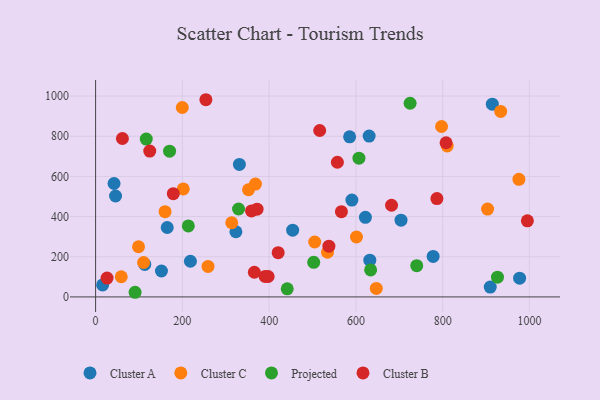
{"axis": {"x": "Study Hours", "y": "Yield"}, "legend": ["Cluster A", "Cluster B", "Cluster C", "Projected"], "data": [{"x": "585.5", "y": 797.1, "type": "Cluster A"}, {"x": "218.5", "y": 177.6, "type": "Cluster A"}, {"x": "977.3", "y": 93.1, "type": "Cluster A"}, {"x": "630.5", "y": 800.7, "type": "Cluster A"}, {"x": "331.4", "y": 659.5, "type": "Cluster A"}, {"x": "632.0", "y": 183.1, "type": "Cluster A"}, {"x": "151.8", "y": 128.9, "type": "Cluster A"}, {"x": "113.4", "y": 161.7, "type": "Cluster A"}, {"x": "590.7", "y": 482.1, "type": "Cluster A"}, {"x": "323.4", "y": 324.5, "type": "Cluster A"}, {"x": "778.0", "y": 201.5, "type": "Cluster A"}, {"x": "704.0", "y": 381.8, "type": "Cluster A"}, {"x": "165.1", "y": 345.7, "type": "Cluster A"}, {"x": "46.0", "y": 502.3, "type": "Cluster A"}, {"x": "454.2", "y": 332.4, "type": "Cluster A"}, {"x": "621.9", "y": 396.0, "type": "Cluster A"}, {"x": "42.5", "y": 564.6, "type": "Cluster A"}, {"x": "909.6", "y": 48.9, "type": "Cluster A"}, {"x": "914.4", "y": 959.6, "type": "Cluster A"}, {"x": "16.2", "y": 59.7, "type": "Cluster A"}, {"x": "160.1", "y": 424.4, "type": "Cluster C"}, {"x": "202.0", "y": 537.5, "type": "Cluster C"}, {"x": "313.8", "y": 369.3, "type": "Cluster C"}, {"x": "601.3", "y": 298.2, "type": "Cluster C"}, {"x": "98.9", "y": 249.8, "type": "Cluster C"}, {"x": "259.1", "y": 151.7, "type": "Cluster C"}, {"x": "810.4", "y": 751.2, "type": "Cluster C"}, {"x": "903.5", "y": 437.1, "type": "Cluster C"}, {"x": "975.7", "y": 585.2, "type": "Cluster C"}, {"x": "797.4", "y": 848.3, "type": "Cluster C"}, {"x": "368.4", "y": 561.7, "type": "Cluster C"}, {"x": "534.5", "y": 222.3, "type": "Cluster C"}, {"x": "110.6", "y": 171.4, "type": "Cluster C"}, {"x": "199.8", "y": 942.9, "type": "Cluster C"}, {"x": "352.4", "y": 533.6, "type": "Cluster C"}, {"x": "647.0", "y": 42.4, "type": "Cluster C"}, {"x": "505.0", "y": 273.4, "type": "Cluster C"}, {"x": "59.1", "y": 100.3, "type": "Cluster C"}, {"x": "933.7", "y": 923.5, "type": "Cluster C"}, {"x": "607.0", "y": 690.9, "type": "Projected"}, {"x": "329.5", "y": 437.8, "type": "Projected"}, {"x": "633.9", "y": 134.4, "type": "Projected"}, {"x": "441.7", "y": 40.5, "type": "Projected"}, {"x": "724.9", "y": 964.2, "type": "Projected"}, {"x": "213.7", "y": 353.6, "type": "Projected"}, {"x": "116.8", "y": 785.7, "type": "Projected"}, {"x": "740.2", "y": 155.4, "type": "Projected"}, {"x": "502.7", "y": 172.4, "type": "Projected"}, {"x": "91.0", "y": 23.1, "type": "Projected"}, {"x": "170.5", "y": 725.6, "type": "Projected"}, {"x": "926.3", "y": 98.2, "type": "Projected"}, {"x": "557.3", "y": 670.5, "type": "Cluster B"}, {"x": "372.2", "y": 436.9, "type": "Cluster B"}, {"x": "365.9", "y": 122.7, "type": "Cluster B"}, {"x": "61.8", "y": 788.7, "type": "Cluster B"}, {"x": "124.8", "y": 726.1, "type": "Cluster B"}, {"x": "566.6", "y": 424.3, "type": "Cluster B"}, {"x": "254.2", "y": 981.7, "type": "Cluster B"}, {"x": "359.3", "y": 428.2, "type": "Cluster B"}, {"x": "786.7", "y": 489.4, "type": "Cluster B"}, {"x": "420.8", "y": 220.0, "type": "Cluster B"}, {"x": "807.8", "y": 767.5, "type": "Cluster B"}, {"x": "995.2", "y": 378.9, "type": "Cluster B"}, {"x": "397.7", "y": 101.6, "type": "Cluster B"}, {"x": "537.7", "y": 252.8, "type": "Cluster B"}, {"x": "682.1", "y": 456.4, "type": "Cluster B"}, {"x": "179.1", "y": 513.9, "type": "Cluster B"}, {"x": "390.7", "y": 102.1, "type": "Cluster B"}, {"x": "26.4", "y": 93.7, "type": "Cluster B"}, {"x": "516.5", "y": 828.4, "type": "Cluster B"}]}